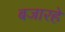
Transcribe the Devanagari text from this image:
बजारहे